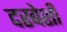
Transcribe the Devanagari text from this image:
दरबेशी